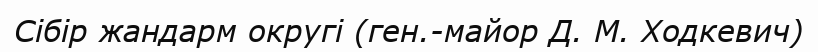
Сібір жандарм округі (ген.-майор Д. М. Ходкевич)